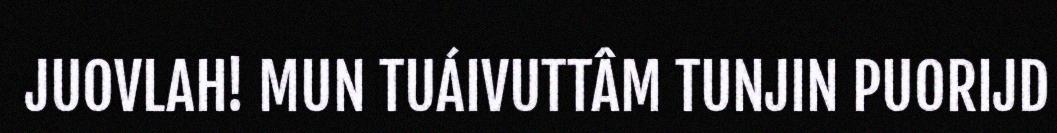
JUOVLAH! MUN TUÁIVUTTÂM TUNJIN PUORIJD